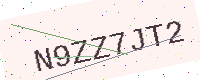
Text: N9ZZ7JT2